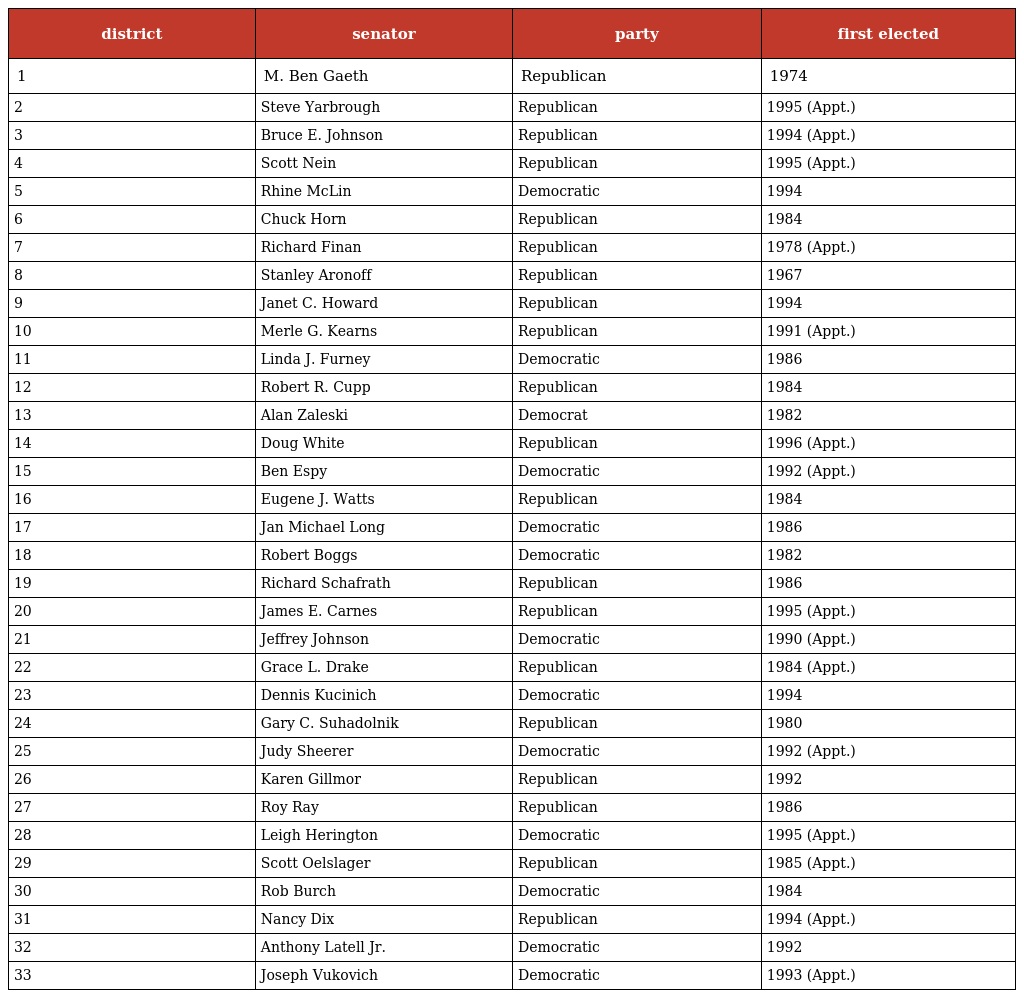
| district | senator | party | first elected |
 | --- | --- | --- | --- |
 | 1 | M. Ben Gaeth | Republican | 1974 |
 | 2 | Steve Yarbrough | Republican | 1995 (Appt.) |
 | 3 | Bruce E. Johnson | Republican | 1994 (Appt.) |
 | 4 | Scott Nein | Republican | 1995 (Appt.) |
 | 5 | Rhine McLin | Democratic | 1994 |
 | 6 | Chuck Horn | Republican | 1984 |
 | 7 | Richard Finan | Republican | 1978 (Appt.) |
 | 8 | Stanley Aronoff | Republican | 1967 |
 | 9 | Janet C. Howard | Republican | 1994 |
 | 10 | Merle G. Kearns | Republican | 1991 (Appt.) |
 | 11 | Linda J. Furney | Democratic | 1986 |
 | 12 | Robert R. Cupp | Republican | 1984 |
 | 13 | Alan Zaleski | Democrat | 1982 |
 | 14 | Doug White | Republican | 1996 (Appt.) |
 | 15 | Ben Espy | Democratic | 1992 (Appt.) |
 | 16 | Eugene J. Watts | Republican | 1984 |
 | 17 | Jan Michael Long | Democratic | 1986 |
 | 18 | Robert Boggs | Democratic | 1982 |
 | 19 | Richard Schafrath | Republican | 1986 |
 | 20 | James E. Carnes | Republican | 1995 (Appt.) |
 | 21 | Jeffrey Johnson | Democratic | 1990 (Appt.) |
 | 22 | Grace L. Drake | Republican | 1984 (Appt.) |
 | 23 | Dennis Kucinich | Democratic | 1994 |
 | 24 | Gary C. Suhadolnik | Republican | 1980 |
 | 25 | Judy Sheerer | Democratic | 1992 (Appt.) |
 | 26 | Karen Gillmor | Republican | 1992 |
 | 27 | Roy Ray | Republican | 1986 |
 | 28 | Leigh Herington | Democratic | 1995 (Appt.) |
 | 29 | Scott Oelslager | Republican | 1985 (Appt.) |
 | 30 | Rob Burch | Democratic | 1984 |
 | 31 | Nancy Dix | Republican | 1994 (Appt.) |
 | 32 | Anthony Latell Jr. | Democratic | 1992 |
 | 33 | Joseph Vukovich | Democratic | 1993 (Appt.) |